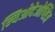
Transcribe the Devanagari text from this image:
म्यिओदेओप्सिअ